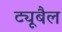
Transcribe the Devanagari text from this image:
ट्यूबैल